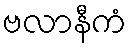
ဗလာနီကံ